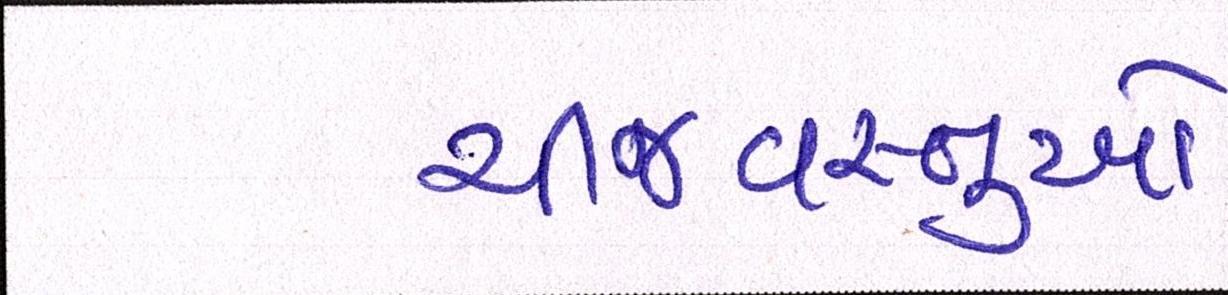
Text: ચીજવસ્તુઓ